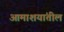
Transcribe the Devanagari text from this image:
आमाशयांतील